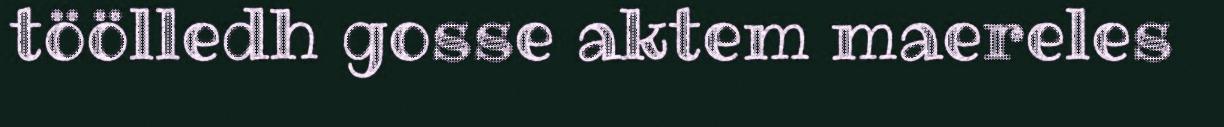
töölledh gosse aktem maereles